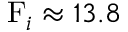
\mathrm { F } _ { i } \approx 1 3 . 8